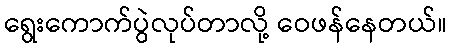
ရွေးကောက်ပွဲလုပ်တာလို့ ဝေဖန်နေတယ်။